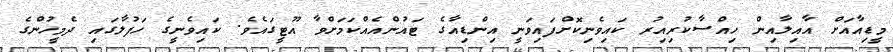
މީޑިއާއަށް އާއިލާއިން ހިއްސާކުރިއިރު ކައިވެނިކޮށްފައިވަނީ އިންޑިއާގެ ޓައުންއެއްކަމަށްވާ އޫޓީގައެވެ. ކައިވެނީގެ ހަފުލާގައި ދެމީހުންގެ